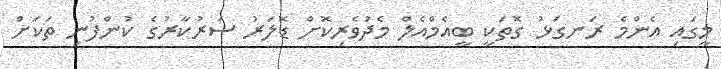
މީގައި އެންމެ ރަނގަޅު ގޮތަކީ ބީއެމްއެލް މެދުވެރިކޮށް ޑޮލަރު ސަރުކާރުގެ ކުންފުނި ތަކަށް